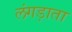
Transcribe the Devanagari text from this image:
लंगड़ाता